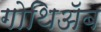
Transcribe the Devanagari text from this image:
गोथिॲब